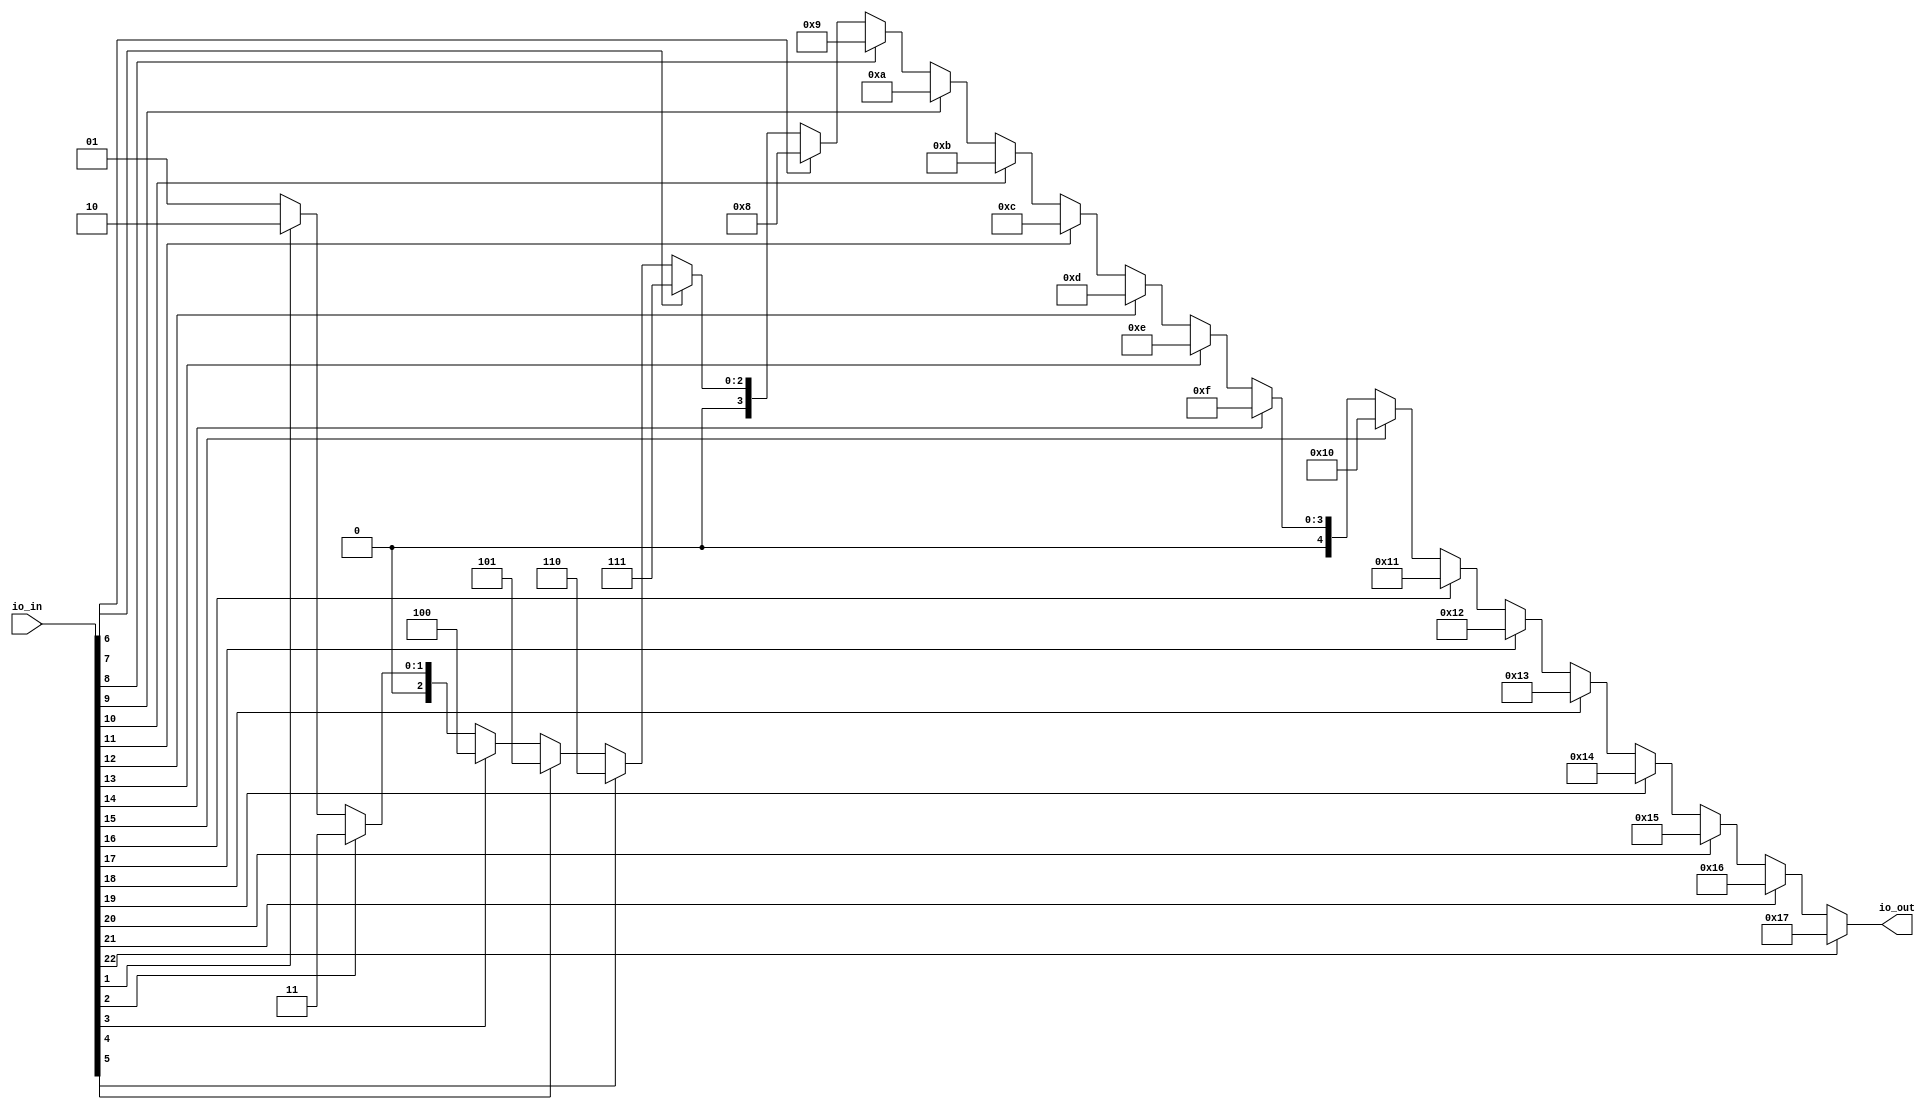
module leadingOneDetector(
  input  [22:0] io_in,
  output [4:0]  io_out
);
  wire [1:0] _hotValue_T = io_in[1] ? 2'h2 : 2'h1; // @[Mux.scala 47:70]
  wire [1:0] _hotValue_T_1 = io_in[2] ? 2'h3 : _hotValue_T; // @[Mux.scala 47:70]
  wire [2:0] _hotValue_T_2 = io_in[3] ? 3'h4 : {{1'd0}, _hotValue_T_1}; // @[Mux.scala 47:70]
  wire [2:0] _hotValue_T_3 = io_in[4] ? 3'h5 : _hotValue_T_2; // @[Mux.scala 47:70]
  wire [2:0] _hotValue_T_4 = io_in[5] ? 3'h6 : _hotValue_T_3; // @[Mux.scala 47:70]
  wire [2:0] _hotValue_T_5 = io_in[6] ? 3'h7 : _hotValue_T_4; // @[Mux.scala 47:70]
  wire [3:0] _hotValue_T_6 = io_in[7] ? 4'h8 : {{1'd0}, _hotValue_T_5}; // @[Mux.scala 47:70]
  wire [3:0] _hotValue_T_7 = io_in[8] ? 4'h9 : _hotValue_T_6; // @[Mux.scala 47:70]
  wire [3:0] _hotValue_T_8 = io_in[9] ? 4'ha : _hotValue_T_7; // @[Mux.scala 47:70]
  wire [3:0] _hotValue_T_9 = io_in[10] ? 4'hb : _hotValue_T_8; // @[Mux.scala 47:70]
  wire [3:0] _hotValue_T_10 = io_in[11] ? 4'hc : _hotValue_T_9; // @[Mux.scala 47:70]
  wire [3:0] _hotValue_T_11 = io_in[12] ? 4'hd : _hotValue_T_10; // @[Mux.scala 47:70]
  wire [3:0] _hotValue_T_12 = io_in[13] ? 4'he : _hotValue_T_11; // @[Mux.scala 47:70]
  wire [3:0] _hotValue_T_13 = io_in[14] ? 4'hf : _hotValue_T_12; // @[Mux.scala 47:70]
  wire [4:0] _hotValue_T_14 = io_in[15] ? 5'h10 : {{1'd0}, _hotValue_T_13}; // @[Mux.scala 47:70]
  wire [4:0] _hotValue_T_15 = io_in[16] ? 5'h11 : _hotValue_T_14; // @[Mux.scala 47:70]
  wire [4:0] _hotValue_T_16 = io_in[17] ? 5'h12 : _hotValue_T_15; // @[Mux.scala 47:70]
  wire [4:0] _hotValue_T_17 = io_in[18] ? 5'h13 : _hotValue_T_16; // @[Mux.scala 47:70]
  wire [4:0] _hotValue_T_18 = io_in[19] ? 5'h14 : _hotValue_T_17; // @[Mux.scala 47:70]
  wire [4:0] _hotValue_T_19 = io_in[20] ? 5'h15 : _hotValue_T_18; // @[Mux.scala 47:70]
  wire [4:0] _hotValue_T_20 = io_in[21] ? 5'h16 : _hotValue_T_19; // @[Mux.scala 47:70]
  assign io_out = io_in[22] ? 5'h17 : _hotValue_T_20; // @[Mux.scala 47:70]
endmodule